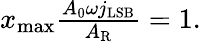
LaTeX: \begin{array}{r}{x_{\mathrm{max}}\frac{A_{0}\omega j_{\mathrm{LSB}}}{A_{\mathrm{R}}}=1.}\end{array}